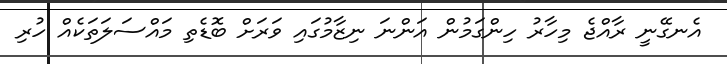
އެނގޭނީ ރާއްޖެ މިހާރު ހިންގަމުން އަންނަ ނިޒާމުގައި ވަރަށް ބޮޑެތި މައްސަލަތަކެއް ހުރި